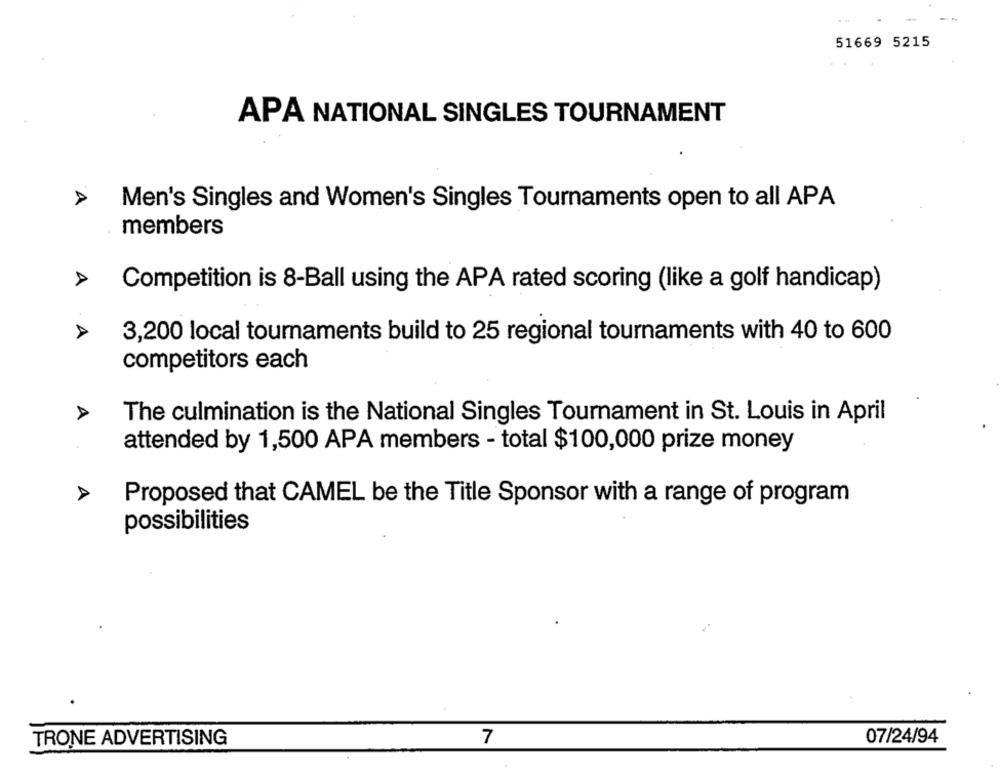
51669 5215
APA NATIONAL SINGLES TOURNAMENT
Men's Singles and Women's Singles Tournaments open to all APA
members
> Competition is 8-Ball using the APA rated scoring (like a golf handicap)
3,200 local tournaments build to 25 regional tournaments with 40 to 600
competitors each
A
The culmination is the National Singles Tournament in St. Louis in April
attended by 1,500 APA members - total $100,000 prize money
A
Proposed that CAMEL be the Title Sponsor with a range of program
possibilities
07/24/94
TRONE ADVERTISING
7